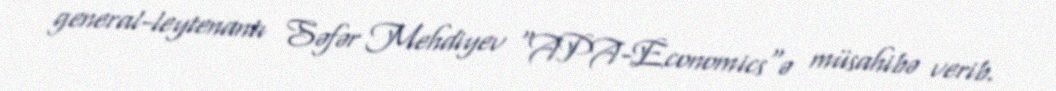
general-leytenantı Səfər Mehdiyev "APA-Economics"ə müsahibə verib.